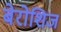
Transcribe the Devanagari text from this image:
बेरोशिज